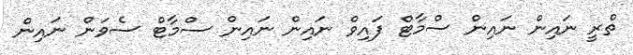
ތްރީ ނައިން ނައިން ސްމާޓް ފައިވް ނައިން ނައިން ސްމާޓް ސެވަން ނައިން